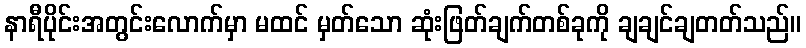
နာရီပိုင်းအတွင်းလောက်မှာ မထင် မှတ်သော ဆုံးဖြတ်ချက်တစ်ခုကို ချချင်ချတတ်သည်။